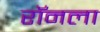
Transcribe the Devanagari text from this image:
रॉनला